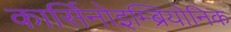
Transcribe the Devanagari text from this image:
कार्सिनोइम्ब्रियोनिक